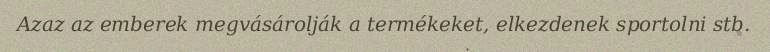
Azaz az emberek megvásárolják a termékeket, elkezdenek sportolni stb.